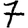
Digit: 7